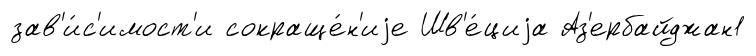
зав'и́с'имост'и сокраще́н'иjе Шв'е́циjа Аз'ербайджан1